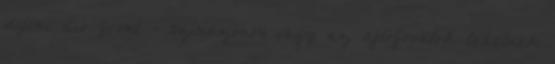
dijoni dió front - színazonos vagy az ajtófrontok lehetnek